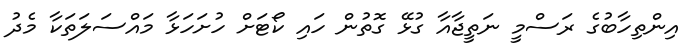
އިންތިހާބުގެ ރަސްމީ ނަތީޖާއާ ގުޅޭ ގޮތުން ހައި ކޯޓަށް ހުށަހަޅާ މައްސަލަތަކާ މެދު